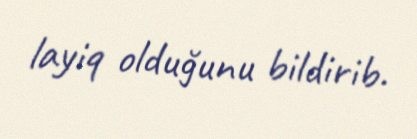
layiq olduğunu bildirib.